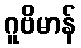
ဂူဗိမာန်